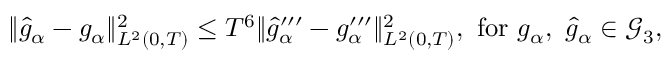
\begin{array} { r } { \Vert \widehat { g } _ { \alpha } - g _ { \alpha } \Vert _ { L ^ { 2 } ( 0 , T ) } ^ { 2 } \leq T ^ { 6 } \Vert \widehat { g } _ { \alpha } ^ { \prime \prime \prime } - g _ { \alpha } ^ { \prime \prime \prime } \Vert _ { L ^ { 2 } ( 0 , T ) } ^ { 2 } , \ \mathrm { f o r } \ g _ { \alpha } , \ \widehat { g } _ { \alpha } \in \mathcal { G } _ { 3 } , } \end{array}